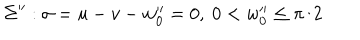
\Sigma ^ { \prime \prime } : \sigma = u - v - w _ { 0 } ^ { \prime \prime } = 0 , ~ 0 < w _ { 0 } ^ { \prime \prime } \leq \pi / 2